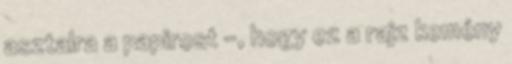
asztalra a papirost -, hogy ez a rajz kemény